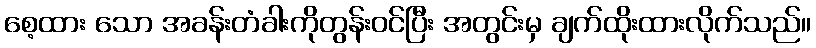
စေ့ထား သော အခန်းတံခါးကိုတွန်းဝင်ပြီး အတွင်းမှ ချက်ထိုးထားလိုက်သည်။